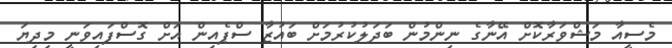
މެސީއާ މަޝްވަރާކޮށް އޭނާގެ ނިންމުން ބަދަލުކުރުމަށް ބައުޒާ ސްޕެއިން އަށް ގޮސްފައިވަނީ މިދިޔަ